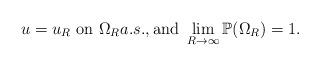
LaTeX: \begin{align*}u=u_R ~\textrm{on} ~\Omega_R a.s.,\textrm{and} ~\lim_{R\rightarrow\infty}\mathbb P(\Omega_R)=1.\end{align*}